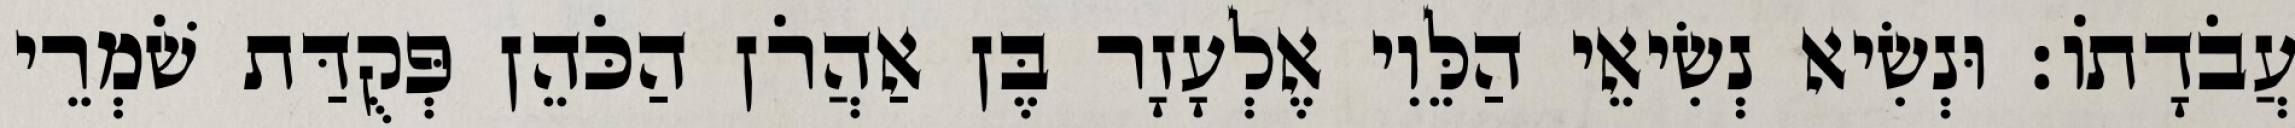
עֲבֹדָתוֹ׃ וּנְשִׂיא נְשִׂיאֵי הַלֵּוִי אֶלְעָזָר בֶּן אַהֲרֹן הַכֹּהֵן פְּקֻדַּת שֹׁמְרֵי